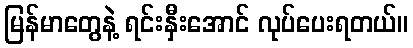
မြန်မာတွေနဲ့ ရင်းနှီးအောင် လုပ်ပေးရတယ်။